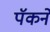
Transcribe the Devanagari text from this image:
पॅकने